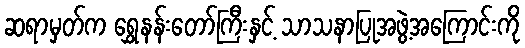
ဆရာမှတ်က ရွှေနန်းတော်ကြီးနှင့် သာသနာပြုအဖွဲ့အကြောင်းကို